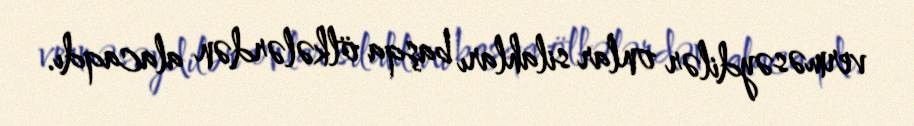
verməsəydilər onlar silahları başqa ölkələrdən alacaqdı.